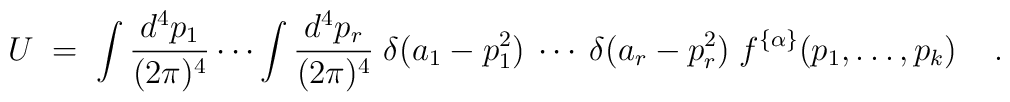
U \;=\;\int \frac{d^4 p_1}{(2 \pi)^4} \cdots \int \frac{d^4 p_r}{(2 \pi)^4}\; \delta(a_1 - p_1^2) \:\cdots\: \delta(a_r - p_r^2) \;f^{\{\alpha\}}(p_1,\ldots,p_k) \;\;\;\; .